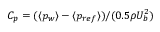
C _ { p } = ( \langle p _ { w } \rangle - \langle p _ { r e f } \rangle ) / ( 0 . 5 \rho U _ { b } ^ { 2 } )